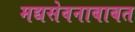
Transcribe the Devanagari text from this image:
मद्यसेवनाबाबत